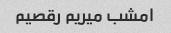
امشب میریم رقصیم